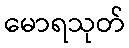
မောရသုတ်